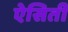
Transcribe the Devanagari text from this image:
ऐसिती